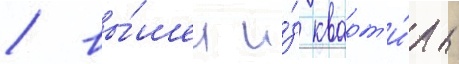
/ вы́шел и́з кварт'и́ры